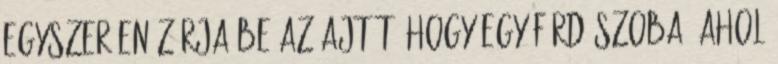
egyszerűen zárja be az ajtót, hogy egy fürdőszoba, ahol